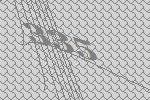
335